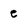
Character: e